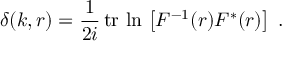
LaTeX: \delta ( k , r ) = \frac { 1 } { 2 i } \, \mathrm { t r } \, \ln \, \left[ F ^ { - 1 } ( r ) F ^ { * } ( r ) \right] \ .